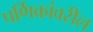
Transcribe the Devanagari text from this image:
पर्णिकांवरील